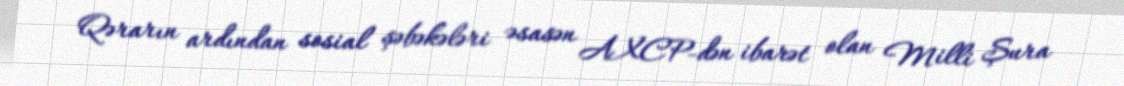
Qərarın ardından sosial şəbəkələri əsasən AXCP-dən ibarət olan Milli Şura